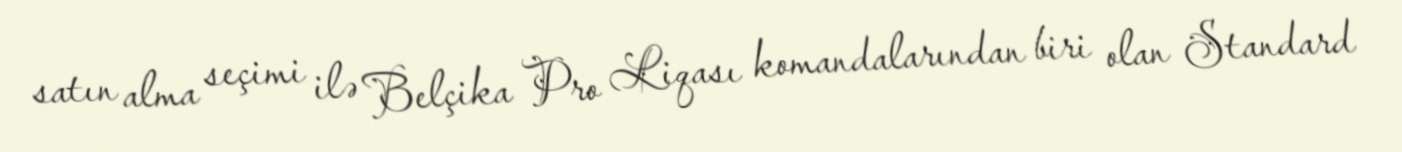
satın alma seçimi ilə Belçika Pro Liqası komandalarından biri olan Standard